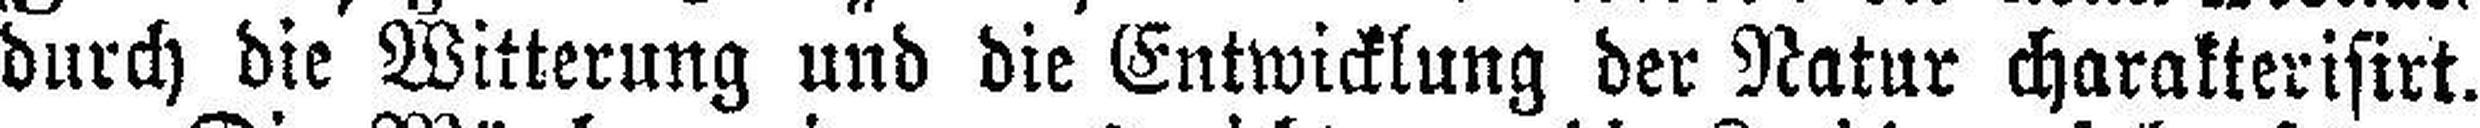
durch die Witterung und die Entwicklung der Natur charakterisirt.